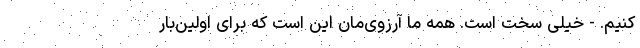
کنیم. - خیلی سخت است. همه‌ ما آرزوی‌مان این است که برای اولین‌بار